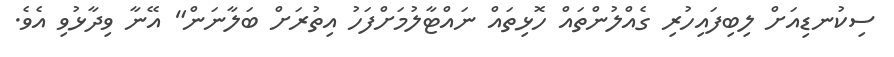
ސިކުނޑިއަށް ލިބިފައިހުރި ގެއްލުންތައް ހޮޅިތައް ނައްޓާލުމަށްފަހު އިތުރަށް ބަލާނަން" އޭނާ ވިދާޅުވި އެވެ.